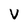
Character: V